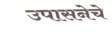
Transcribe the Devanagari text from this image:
उपासनेचे